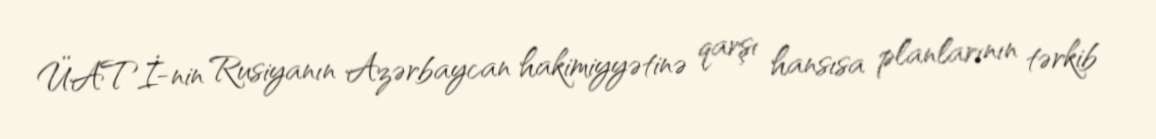
ÜATİ-nin Rusiyanın Azərbaycan hakimiyyətinə qarşı hansısa planlarının tərkib